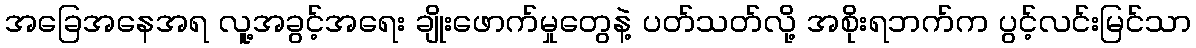
အခြေအနေအရ လူ့အခွင့်အရေး ချိုးဖောက်မှုတွေနဲ့ ပတ်သတ်လို့ အစိုးရဘက်က ပွင့်လင်းမြင်သာ